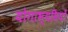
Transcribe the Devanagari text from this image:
योगाभ्यसियों